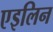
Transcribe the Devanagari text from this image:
एइलिन